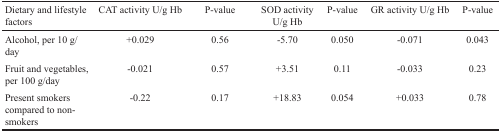
| Dietary and lifestyle factors | CAT activity U/g Hb | P-value | SOD activity U/g Hb | P-value | GR activity U/g Hb | P-value |
 | --- | --- | --- | --- | --- | --- | --- |
 | Alcohol, per 10 g/day | +0.029 | 0.56 | −5.70 | 0.050 | −0.071 | 0.043 |
 | Fruit and vegetables, per 100 g/day | −0.021 | 0.57 | +3.51 | 0.11 | −0.033 | 0.23 |
 | Present smokers compared to non-smokers | −0.22 | 0.17 | +18.83 | 0.054 | +0.033 | 0.78 |